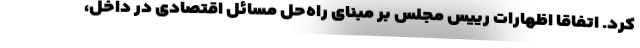
کرد. اتفاقاً اظهارات رییس مجلس بر مبنای راه‌حل مسائل اقتصادی در داخل،